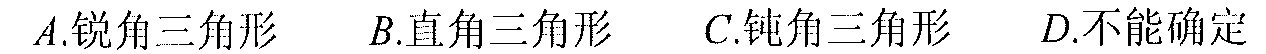
\(A.\text{锐角三角形}\quad B.\text{直角三角形}\quad C.\text{钝角三角形}\quad D.\text{不能确定}\)